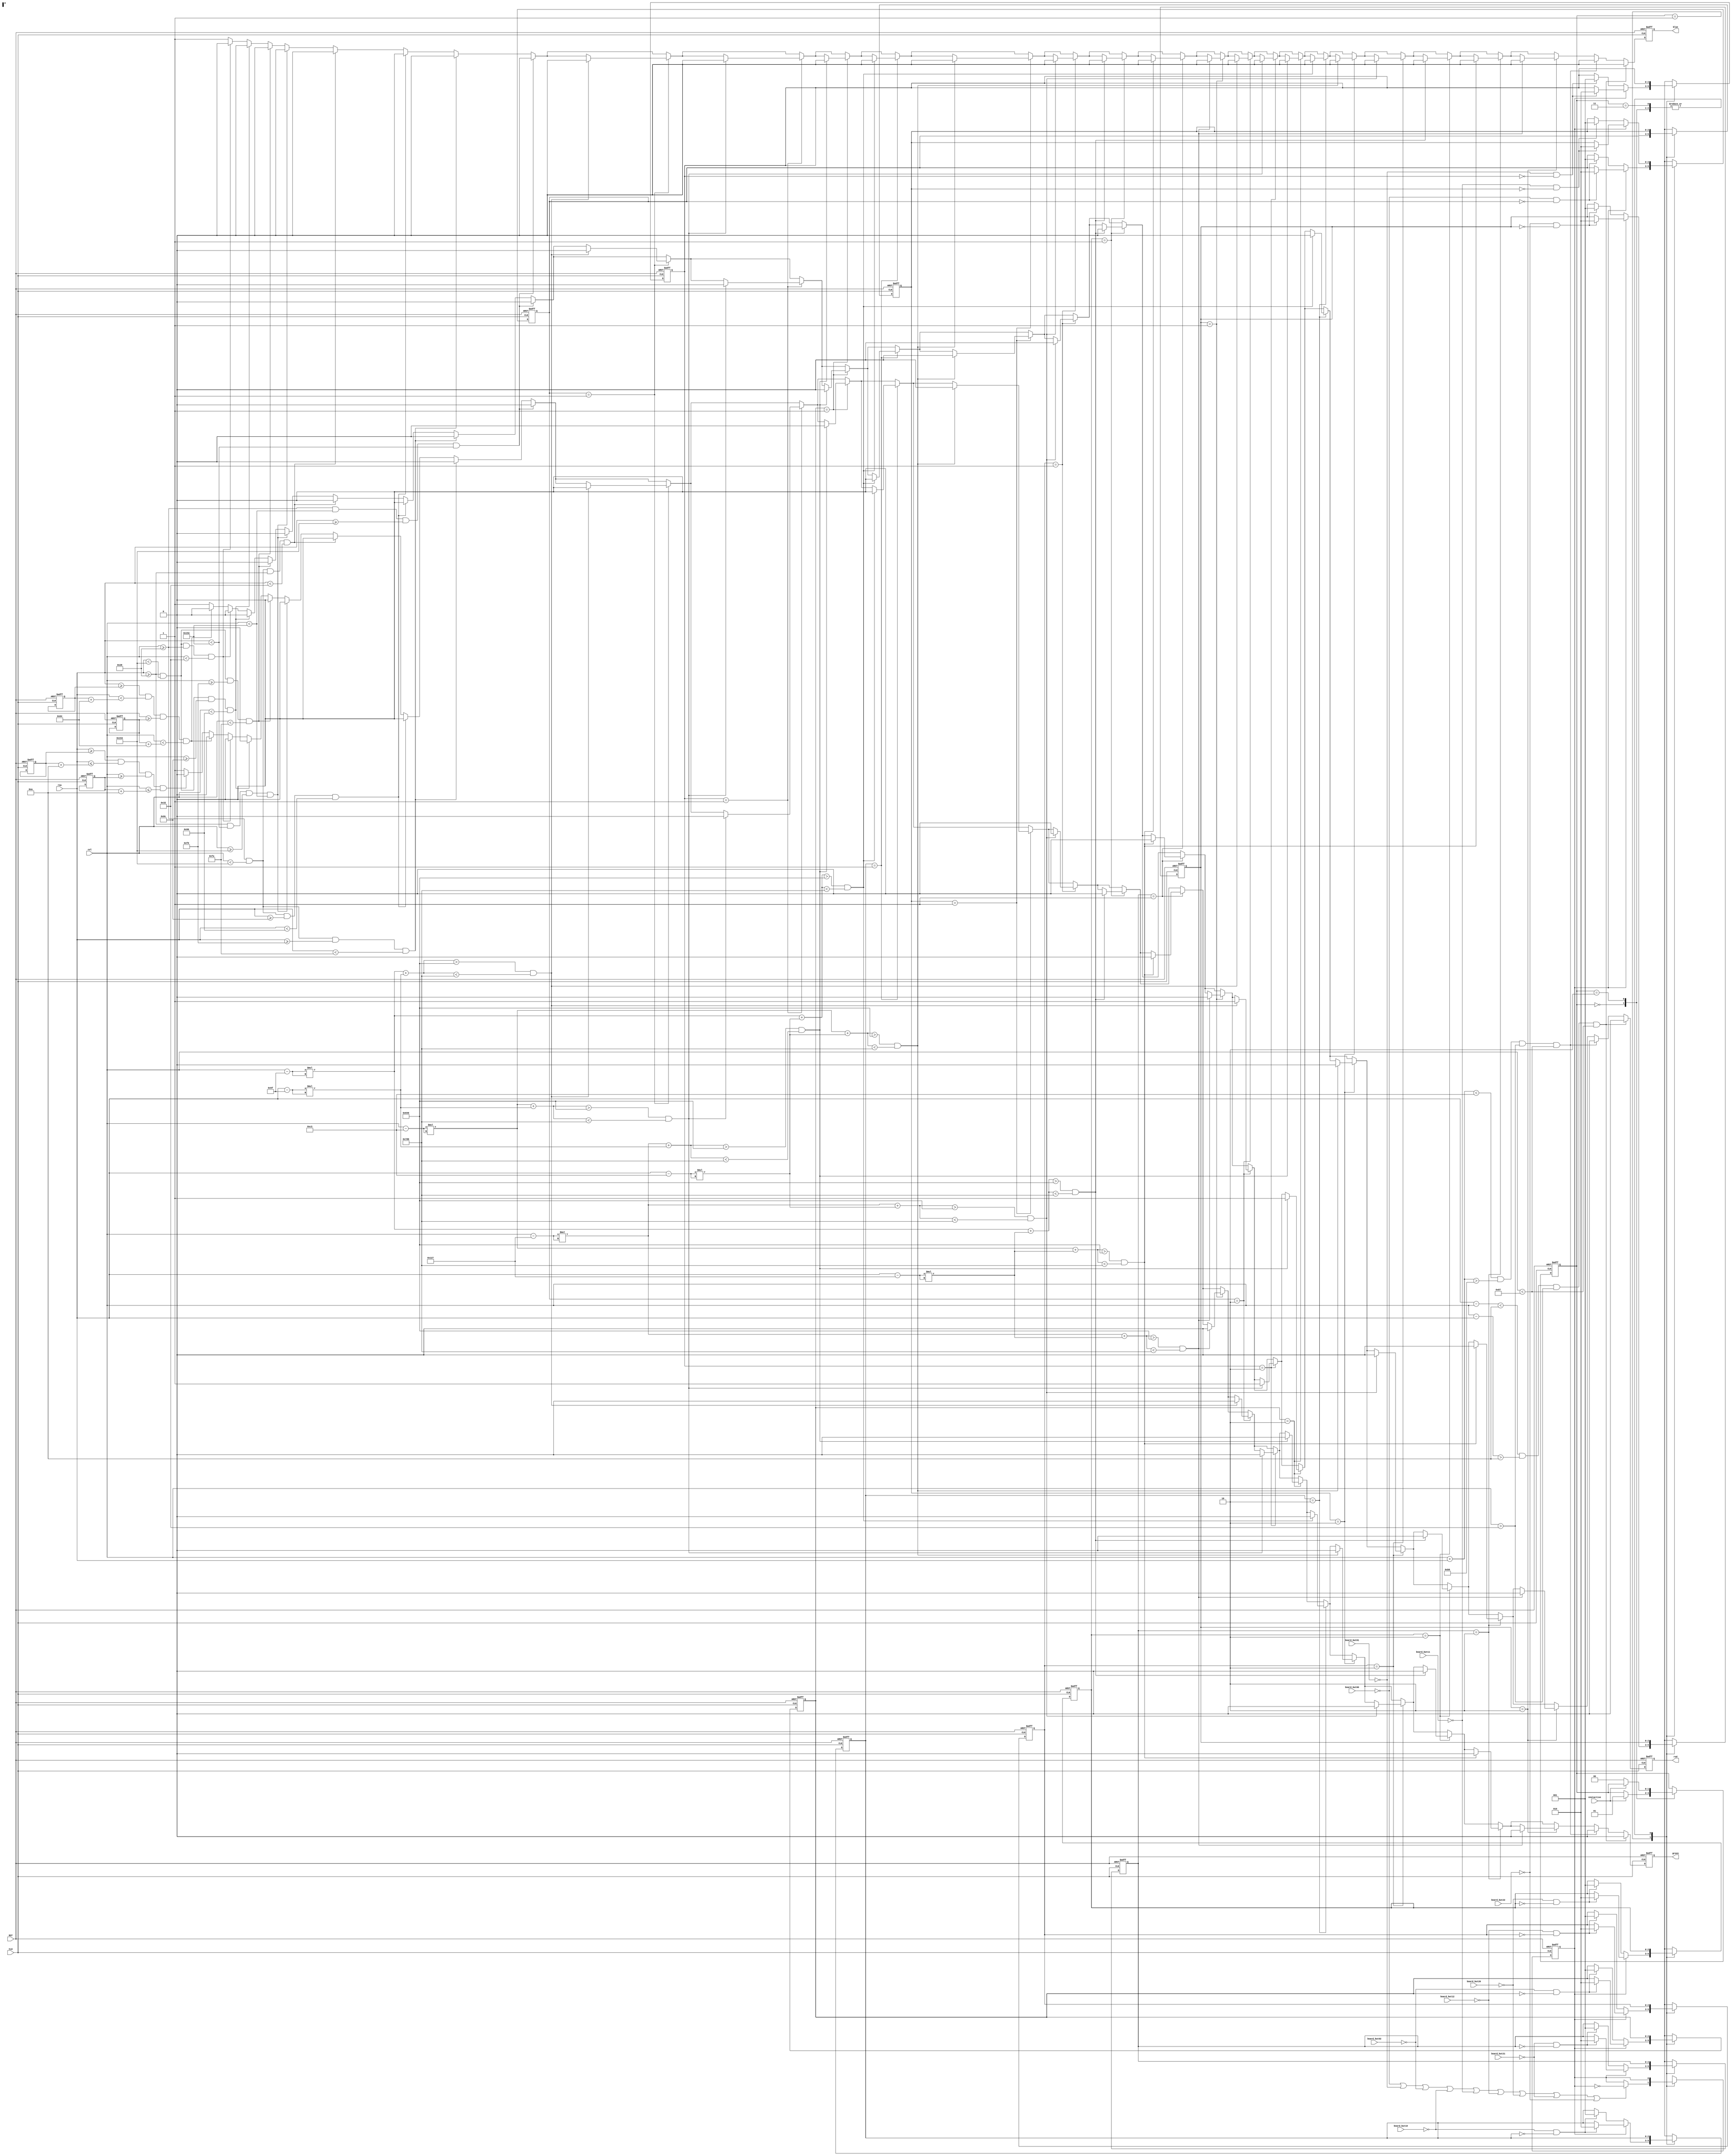
`define BASEPOINT 10'd45
`define CENTER00x (10'd50 + `BASEPOINT)
`define CENTER01x (10'd150 + `BASEPOINT)
`define CENTER02x (10'd250 + `BASEPOINT)
`define CENTER10x (10'd50 + `BASEPOINT)
`define CENTER11x (10'd150 + `BASEPOINT)
`define CENTER12x (10'd250 + `BASEPOINT)
`define CENTER20x (10'd50 + `BASEPOINT)
`define CENTER21x (10'd150 + `BASEPOINT)
`define CENTER22x (10'd250 + `BASEPOINT)

`define CENTER00y (10'd50 + `BASEPOINT)
`define CENTER01y (10'd50 + `BASEPOINT)
`define CENTER02y (10'd50 + `BASEPOINT)
`define CENTER10y (10'd150 + `BASEPOINT)
`define CENTER11y (10'd150 + `BASEPOINT)
`define CENTER12y (10'd150 + `BASEPOINT)
`define CENTER20y (10'd250 + `BASEPOINT)
`define CENTER21y (10'd250 + `BASEPOINT)
`define CENTER22y (10'd250 + `BASEPOINT)


module display(row, col, red, green, blue, board_but00, board_but01, board_but02, board_but10, board_but11,board_but12,board_but20,board_but21,board_but22,vnotactive, CLK, RST);
	input [31:0] row, col;
	input CLK, RST, board_but00, board_but01, board_but02, board_but10, board_but11,board_but12,board_but20,board_but21,board_but22, vnotactive;
	output red, green, blue;
	reg red, green, blue;
	reg [31:0] originX, originY;
	reg [1:0] key_state;
	reg [9:0] nekoX, nekoY;

	reg player_state;

	reg [2:0] board00, board01, board02;
	reg [2:0] board10, board11, board12;
	reg [2:0] board20, board21, board22;


	always @(posedge CLK or negedge RST) begin
		if(!RST) begin
			red <= 1'b1;
			green <= 1'b1;
			blue <= 1'b1;
		end
		else begin
			if(row >= originY && row < (originY+10'd100) && col >= originX && col < (originX+10'd100)) begin
				red <= 1'b0;
				green <= 1'b0;
				blue <= 1'b1;
			end
			else if (row >= nekoX && row <= (nekoX + 10'd10) &&col >= nekoY && col <= (nekoY + 10'd10)) begin
			    red <= 1'b1;
				 green <= 1'b0;
				 blue <= 1'b1;
		   end
			else begin
				red <= 1'b1;
				green <= 1'b1;
				blue <= 1'b1;
			end
			if(row >= 10'd40 && row < (10'd40+10'd300) &&  col >= 10'd40 && col < (10'd40+10'd10)) begin
				red <= 1'b0;
				green <= 1'b0;
				blue <= 1'b0;
			end
			if(row >= 10'd40 && row < (10'd40+ 10'd300) && col >= 10'd140 && col < (10'd140+10'd10)) begin
				red <= 1'b0;
				green <= 1'b0;
				blue <= 1'b0;
			end
			if(row >= 10'd40 && row < (10'd40+10'd300) &&  col >= 10'd240 && col < (10'd240+10'd10)) begin
				red <= 1'b0;
				green <= 1'b0;
				blue <= 1'b0;
			end
			if(row >= 10'd40 && row < (10'd40+10'd310) &&  col >= 340 && col < (10'd340+10'd10)) begin
				red <= 1'b0;
				green <= 1'b0;
				blue <= 1'b0;
			end
			if(col >= 10'd40 && col < (10'd40+10'd300) &&  row >= 10'd40 && row < (10'd40+10'd10)) begin
				red <= 1'b0;
				green <= 1'b0;
				blue <= 1'b0;
			end
			if(col >= 10'd40 && col < (10'd40+10'd300) && row >= 10'd140 && row < (10'd140+10'd10)) begin
				red <= 1'b0;
				green <= 1'b0;
				blue <= 1'b0;
			end
			if(col >= 10'd40 && col < (10'd40+10'd300) &&  row >= 10'd240 && row < (10'd240+10'd10)) begin
				red <= 1'b0;
				green <= 1'b0;
				blue <= 1'b0;
			end
			if(col >= 10'd40 && col < (10'd40+10'd310) &&  row >= 340 && row < (10'd340+10'd10)) begin
				red <= 1'b0;
				green <= 1'b0;
				blue <= 1'b0;
			end


			if (board00 == 2'b1) begin
				if (((col - `CENTER00x) * (col - `CENTER00x) + (row - `CENTER00y) * (row - `CENTER00y)) > 1600 &&
					((col - `CENTER00x) * (col - `CENTER00x) + (row - `CENTER00y) * (row - `CENTER00y)) < 2000) begin
					red <= 1'b0;
					green <= 1'b0;
					blue <= 1'b0;
				end
			end
			if (board01 == 2'b1) begin
				if (((col - `CENTER01x) * (col - `CENTER01x) + (row - `CENTER01y) * (row - `CENTER01y)) > 1600 &&
					((col - `CENTER01x) * (col - `CENTER01x) + (row - `CENTER01y) * (row - `CENTER01y)) < 2000) begin
					red <= 1'b0;
					green <= 1'b0;
					blue <= 1'b0;
				end
			end
			if (board02 == 2'b1) begin
				if (((col - `CENTER02x) * (col - `CENTER02x) + (row - `CENTER02y) * (row - `CENTER02y)) > 1600 &&
					((col - `CENTER02x) * (col - `CENTER02x) + (row - `CENTER02y) * (row - `CENTER02y)) < 2000) begin
					red <= 1'b0;
					green <= 1'b0;
					blue <= 1'b0;
				end
			end
			if (board10 == 2'b1) begin
				if (((col - `CENTER10x) * (col - `CENTER10x) + (row - `CENTER10y) * (row - `CENTER10y)) > 1600 &&
					((col - `CENTER10x) * (col - `CENTER10x) + (row - `CENTER10y) * (row - `CENTER10y)) < 2000) begin
					red <= 1'b0;
					green <= 1'b0;
					blue <= 1'b0;
				end
			end
			if (board11 == 2'b1) begin
				if (((col - `CENTER11x) * (col - `CENTER11x) + (row - `CENTER11y) * (row - `CENTER11y)) > 1600 &&
					((col - `CENTER11x) * (col - `CENTER11x) + (row - `CENTER11y) * (row - `CENTER11y)) < 2000) begin
					red <= 1'b0;
					green <= 1'b0;
					blue <= 1'b0;
				end
			end
			if (board12 == 2'b1) begin
				if (((col - `CENTER12x) * (col - `CENTER12x) + (row - `CENTER12y) * (row - `CENTER12y)) > 1600 &&
					((col - `CENTER12x) * (col - `CENTER12x) + (row - `CENTER12y) * (row - `CENTER12y)) < 2000) begin
					red <= 1'b0;
					green <= 1'b0;
					blue <= 1'b0;
				end
			end
			if (board20 == 2'b1) begin
				if (((col - `CENTER20x) * (col - `CENTER20x) + (row - `CENTER20y) * (row - `CENTER20y)) > 1600 &&
					((col - `CENTER20x) * (col - `CENTER20x) + (row - `CENTER20y) * (row - `CENTER20y)) < 2000) begin
					red <= 1'b0;
					green <= 1'b0;
					blue <= 1'b0;
				end
			end
			if (board21 == 2'b1) begin
				if (((col - `CENTER21x) * (col - `CENTER21x) + (row - `CENTER21y) * (row - `CENTER21y)) > 1600 &&
					((col - `CENTER21x) * (col - `CENTER21x) + (row - `CENTER21y) * (row - `CENTER21y)) < 2000) begin
					red <= 1'b0;
					green <= 1'b0;
					blue <= 1'b0;
				end
			end
			if (board22 == 2'b1) begin
				if (((col - `CENTER22x) * (col - `CENTER22x) + (row - `CENTER22y) * (row - `CENTER22y)) > 1600 &&
					((col - `CENTER22x) * (col - `CENTER22x) + (row - `CENTER22y) * (row - `CENTER22y)) < 2000) begin
					red <= 1'b0;
					green <= 1'b0;
					blue <= 1'b0;
				end
			end

			if (board00 == 2'b10) begin
				if (((col - `CENTER00x) * (col - `CENTER00x) + (row - `CENTER00y) * (row - `CENTER00y)) > 1600 &&
					((col - `CENTER00x) * (col - `CENTER00x) + (row - `CENTER00y) * (row - `CENTER00y)) < 2000) begin
					red <= 1'b1;
					green <= 1'b0;
					blue <= 1'b0;
				end
			end
			if (board01 == 2'b10) begin
				if (((col - `CENTER01x) * (col - `CENTER01x) + (row - `CENTER01y) * (row - `CENTER01y)) > 1600 &&
					((col - `CENTER01x) * (col - `CENTER01x) + (row - `CENTER01y) * (row - `CENTER01y)) < 2000) begin
					red <= 1'b1;
					green <= 1'b0;
					blue <= 1'b0;
				end
			end
			if (board02 == 2'b10) begin
				if (((col - `CENTER02x) * (col - `CENTER02x) + (row - `CENTER02y) * (row - `CENTER02y)) > 1600 &&
					((col - `CENTER02x) * (col - `CENTER02x) + (row - `CENTER02y) * (row - `CENTER02y)) < 2000) begin
					red <= 1'b1;
					green <= 1'b0;
					blue <= 1'b0;
				end
			end
			if (board10 == 2'b10) begin
				if (((col - `CENTER10x) * (col - `CENTER10x) + (row - `CENTER10y) * (row - `CENTER10y)) > 1600 &&
					((col - `CENTER10x) * (col - `CENTER10x) + (row - `CENTER10y) * (row - `CENTER10y)) < 2000) begin
					red <= 1'b0;
					green <= 1'b0;
					blue <= 1'b0;
				end
			end
			if (board11 == 2'b10) begin
				if (((col - `CENTER11x) * (col - `CENTER11x) + (row - `CENTER11y) * (row - `CENTER11y)) > 1600 &&
					((col - `CENTER11x) * (col - `CENTER11x) + (row - `CENTER11y) * (row - `CENTER11y)) < 2000) begin
					red <= 1'b0;
					green <= 1'b0;
					blue <= 1'b0;
				end
			end
			if (board12 == 2'b10) begin
				if (((col - `CENTER12x) * (col - `CENTER12x) + (row - `CENTER12y) * (row - `CENTER12y)) > 1600 &&
					((col - `CENTER12x) * (col - `CENTER12x) + (row - `CENTER12y) * (row - `CENTER12y)) < 2000) begin
					red <= 1'b0;
					green <= 1'b0;
					blue <= 1'b0;
				end
			end
			if (board20 == 2'b10) begin
				if (((col - `CENTER20x) * (col - `CENTER20x) + (row - `CENTER20y) * (row - `CENTER20y)) > 1600 &&
					((col - `CENTER20x) * (col - `CENTER20x) + (row - `CENTER20y) * (row - `CENTER20y)) < 2000) begin
					red <= 1'b0;
					green <= 1'b0;
					blue <= 1'b0;
				end
			end
			if (board21 == 2'b10) begin
				if (((col - `CENTER21x) * (col - `CENTER21x) + (row - `CENTER21y) * (row - `CENTER21y)) > 1600 &&
					((col - `CENTER21x) * (col - `CENTER21x) + (row - `CENTER21y) * (row - `CENTER21y)) < 2000) begin
					red <= 1'b0;
					green <= 1'b0;
					blue <= 1'b0;
				end
			end
			if (board22 == 2'b10) begin
				if (((col - `CENTER22x) * (col - `CENTER22x) + (row - `CENTER22y) * (row - `CENTER22y)) > 1600 &&
					((col - `CENTER22x) * (col - `CENTER22x) + (row - `CENTER22y) * (row - `CENTER22y)) < 2000) begin
					red <= 1'b0;
					green <= 1'b0;
					blue <= 1'b0;
				end
			end


			if(( col + row ) < 195 && (col + row) > 185 && col > 50 && col < 135) begin
				red <= 1'b0;
				green <= 1'b0;
				blue <= 1'b0;
			end
			if((row - col) < 10 && (col - row) > 10 && col > 50 && col < 135) begin
				red <= 1'b0;
				green <= 1'b0;
				blue <= 1'b0;
			end
		end
	end

	always @(posedge CLK or negedge RST) begin
		if(!RST) begin
			originX <= 10'd300;
			originY <= 10'd200;
			nekoX <= 10'd100;
			nekoY <= 10'd50;
			key_state <= 2'd0;
			board00 <= 1'b0;
			board01 <= 1'b0;
			board02 <= 1'b0;
			board10 <= 1'b0;
			board11 <= 1'b0;
			board12 <= 1'b0;
			board20 <= 1'b0;
			board21 <= 1'b0;
			board22 <= 1'b0;
			player_state <= 1'b0;

		end
		else begin
			case(key_state)
				2'd0: begin
					if(vnotactive) key_state <= 2'd1;
				end
				2'd1: begin
				   if (player_state == 1'b0) begin
						if(!board_but00 && board00 == 0) board00 = 2'b1;
						if(!board_but01 && board01 == 0) board01 = 2'b1;
						if(!board_but02 && board02 == 0) board02 = 2'b1;
						if(!board_but10 && board10 == 0) board10 = 2'b1;
						if(!board_but11 && board11 == 0) board11 = 2'b1;
						if(!board_but12 && board12 == 0) board12 = 2'b1;
						if(!board_but20 && board20 == 0) board20 = 2'b1;
						if(!board_but21 && board21 == 0) board21 = 2'b1;
						if(!board_but22 && board22 == 0) board22 = 2'b1;
					end
					else begin
						if(!board_but00 && board00 == 0) board00 = 2'b10;
						if(!board_but01 && board01 == 0) board01 = 2'b10;
						if(!board_but02 && board02 == 0) board02 = 2'b10;
						if(!board_but10 && board10 == 0) board10 = 2'b10;
						if(!board_but11 && board11 == 0) board11 = 2'b10;
						if(!board_but12 && board12 == 0) board12 = 2'b10;
						if(!board_but20 && board20 == 0) board20 = 2'b10;
						if(!board_but21 && board21 == 0) board21 = 2'b10;
						if(!board_but22 && board22 == 0) board22 = 2'b10;
					end
					if (!board_but00 || !board_but01 || !board_but02 ||
					    !board_but10 || !board_but11 || !board_but12 ||
						 !board_but20 || !board_but21 || !board_but22) begin
						 player_state = player_state ^ 1'b1;
					end

				end
				2'd2: begin
					if(!vnotactive) key_state <= 2'd0;
				end
				2'd3: begin
				end
			endcase
		end
	end
endmodule